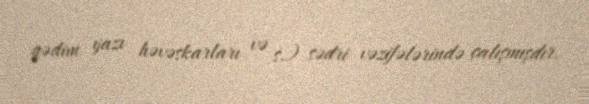
qədim yazı həvəskarları və s.) sədri vəzifələrində çalışmışdır.